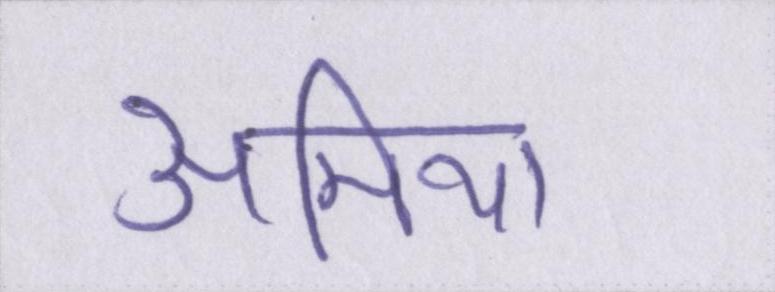
अमिया